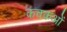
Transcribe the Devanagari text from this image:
कवकओं